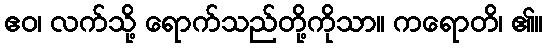
ဧဝ၊ လက်သို့ ရောက်သည်တို့ကိုသာ။ ကရောတိ၊ ၏။